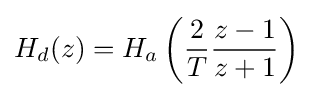
H_{d}(z)=H_{a}\left({\frac {2}{T}}{\frac {z-1}{z+1}}\right)